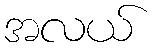
အလယ်